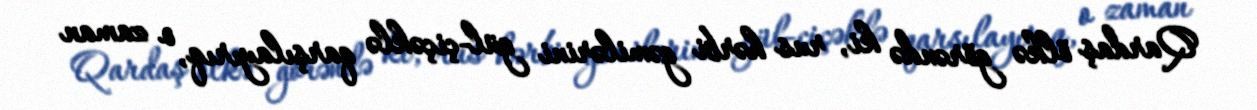
Qardaş ölkə görəndə ki, rus hərbi gəmilərini gül-çiçəklə qarşılayırıq, o zaman